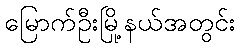
မြောက်ဦးမြို့နယ်အတွင်း